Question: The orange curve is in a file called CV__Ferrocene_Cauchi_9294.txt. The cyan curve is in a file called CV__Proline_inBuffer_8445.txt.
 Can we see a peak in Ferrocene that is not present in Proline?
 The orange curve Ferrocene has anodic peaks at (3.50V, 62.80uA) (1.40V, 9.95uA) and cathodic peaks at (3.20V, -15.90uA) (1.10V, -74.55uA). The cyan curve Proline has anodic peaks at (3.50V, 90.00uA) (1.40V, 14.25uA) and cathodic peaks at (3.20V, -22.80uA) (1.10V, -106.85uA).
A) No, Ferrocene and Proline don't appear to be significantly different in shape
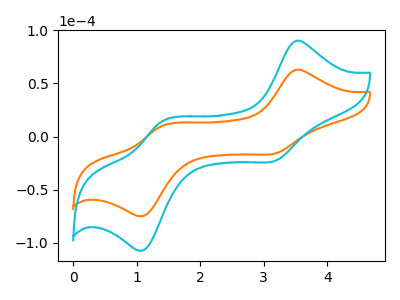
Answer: <think>All the peaks in "Ferrocene" have a peak in "Proline" at the same potential. Every peak in "Ferrocene" is lower than every peak in "Proline".
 </think>
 <answer>A) No, "Ferrocene" and "Proline" don't appear to be significantly different in shape</answer>
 <eval>A</eval>